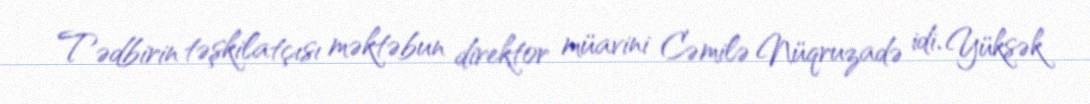
Tədbirin təşkilatçısı məktəbun direktor müavini Cəmilə Nüqruzadə idi. Yüksək